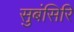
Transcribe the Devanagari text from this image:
सुबंसिरि